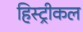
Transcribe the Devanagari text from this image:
हिस्ट्रीकल